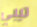
تيبي